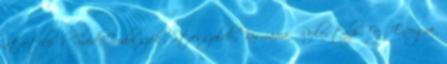
átvételéről: Svéd-, Irodai szék-, Stresszoldó-, Kismama-, Reflex talp-,Fej-, Energia-,